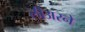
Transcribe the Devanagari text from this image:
लीअरने